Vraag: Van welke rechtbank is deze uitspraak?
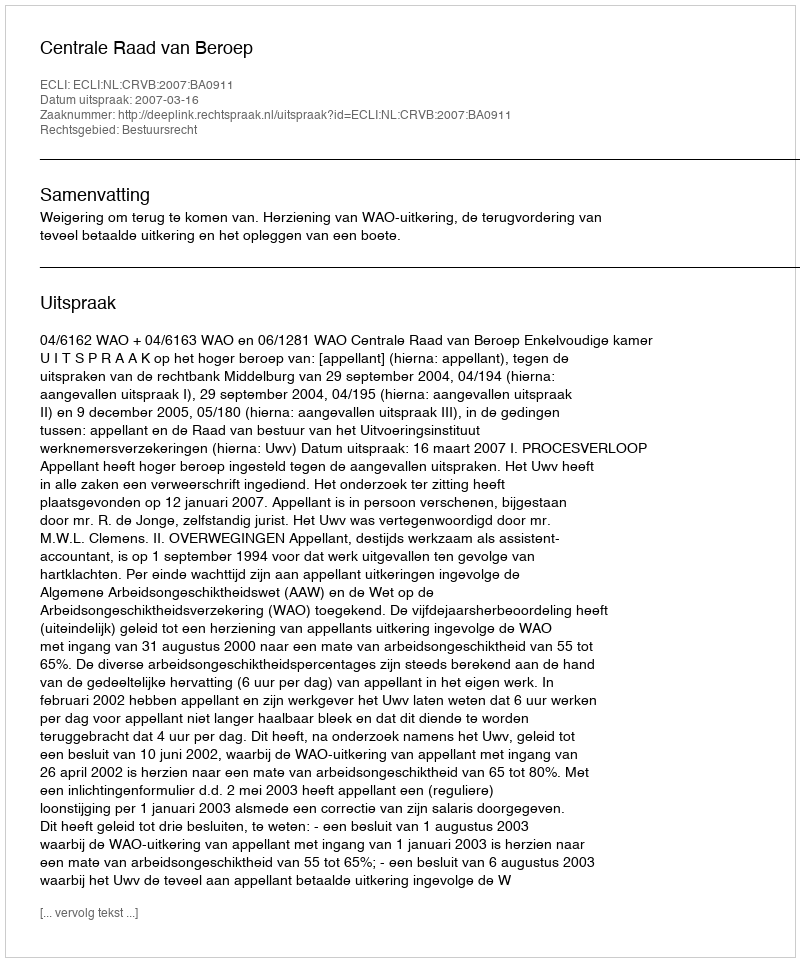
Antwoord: Centrale Raad van Beroep